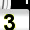
Digit: 3